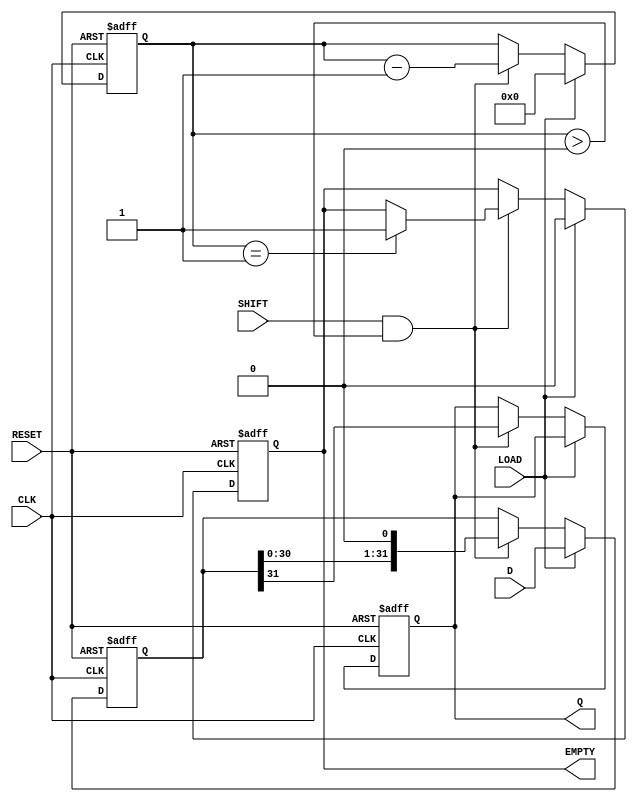
module PISO_Register (
    input wire [31:0] D,      // 32-bit data input
    input wire LOAD,          // Load control signal
    input wire SHIFT,         // Shift control signal
    input wire CLK,           // Clock signal
    input wire RESET,         // Asynchronous reset signal
    output reg Q,             // Serial output
    output reg EMPTY          // Empty signal
);

    reg [31:0] storage;       // 32-bit storage for parallel data
    reg [4:0] bit_count;      // Counter for the number of bits shifted out

    // Asynchronous reset and loading of data
    always @(posedge CLK or posedge RESET) begin
        if (RESET) begin
            storage <= 32'b0;  // Clear storage on reset
            Q <= 1'b0;         // Clear serial output
            EMPTY <= 1'b1;     // Register is empty
            bit_count <= 5'b0;  // Reset bit counter
        end else if (LOAD) begin
            storage <= D;      // Load data into storage
            EMPTY <= 1'b0;     // Register is not empty after loading
            bit_count <= 5'd32; // Set bit count to 32
        end else if (SHIFT && bit_count > 0) begin
            Q <= storage[31];  // Output the MSB
            storage <= {storage[30:0], 1'b0}; // Shift left and fill LSB with 0
            bit_count <= bit_count - 1; // Decrement bit count
            if (bit_count == 1) begin
                EMPTY <= 1'b1; // Set EMPTY signal when all bits are shifted out
            end
        end
    end

endmodule